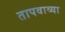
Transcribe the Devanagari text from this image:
तापवाव्या